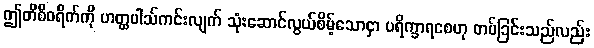
ဤတိစီဝရိက်ကို ဟတ္ထပါသ်ကင်းလျက် သုံးဆောင်လွယ်စိမ့်သောငှာ ပရိက္ခာရစေဟု တပ်ခြင်းသည်လည်း